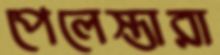
পেলেস্তারা